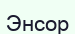
Энсор